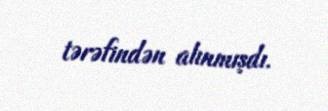
tərəfindən alınmışdı.